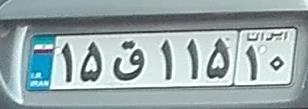
۱۵ق۱۱۵۱۰